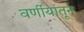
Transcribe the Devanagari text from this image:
वर्णीयांतून